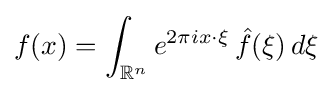
f(x)=\int _{\mathbb {R} ^{n}}e^{2\pi ix\cdot \xi }\,{\hat {f}}(\xi )\,d\xi